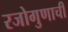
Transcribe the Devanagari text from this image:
रजोगुणाची